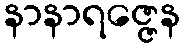
နာနာရဇ္ဇေန